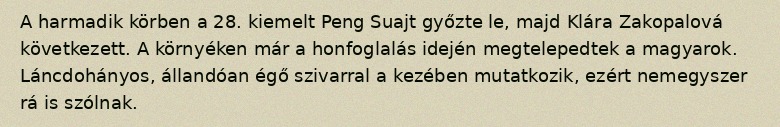
A harmadik körben a 28. kiemelt Peng Suajt győzte le, majd Klára Zakopalová következett. A környéken már a honfoglalás idején megtelepedtek a magyarok. Láncdohányos, állandóan égő szivarral a kezében mutatkozik, ezért nemegyszer rá is szólnak.